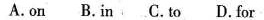
A.on B.in C.to D.for